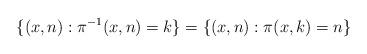
LaTeX: \begin{align*}\{(x,n): \pi^{-1}(x,n)=k\} = \{ (x,n) : \pi(x,k)=n\} \end{align*}